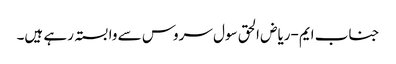
جناب ایم-ریاض الحق سول سروس سے وابستہ رہے ہیں۔